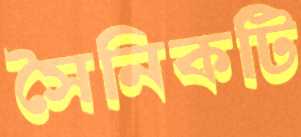
সৈনিকটি